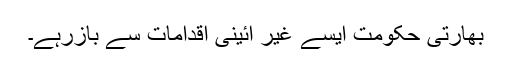
بھارتی حکومت ایسے غیر آئینی اقدامات سے بازرہے۔